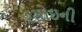
રસોઇની